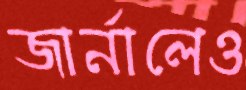
জার্নালেও